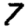
Digit: 7